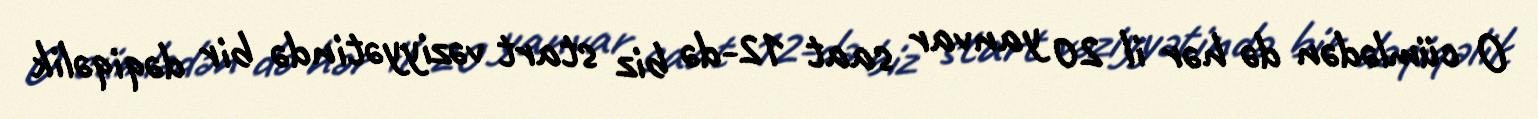
O cümlədən də hər il 20 yanvar saat 12-də biz start vəziyyətində bir dəqiqəlik